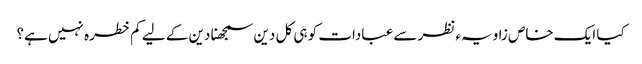
کیا ایک خاص زاویہء نظر سے عبادات کو ہی کل دین سمجھنا دین کے لیے کم خطرہ نہیں ہے؟